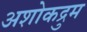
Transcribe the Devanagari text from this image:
अशोकद्रुम